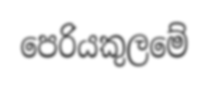
පෙරියකුලමේ